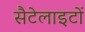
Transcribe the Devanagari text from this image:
सैटेलाइटों